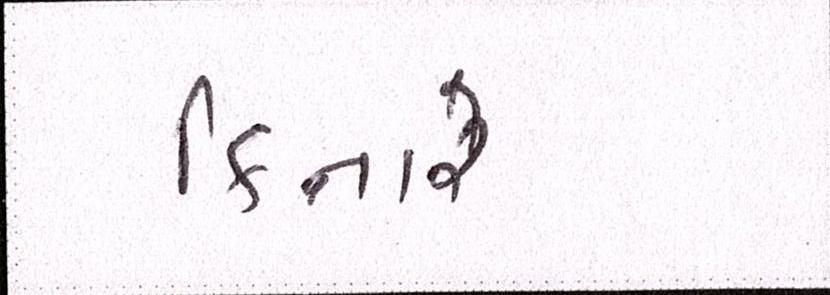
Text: કિનારે